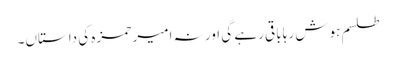
طلسم ہوش رہا باقی رہے گی اور نہ امیر حمزہ کی داستاں۔